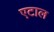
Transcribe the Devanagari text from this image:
एटाल